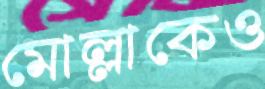
মোল্লাকেও